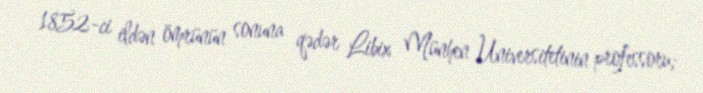
1852-ci ildən ömrünün sonuna qədər Libix Münhen Universitetinin professoru;